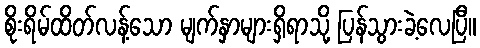
စိုးရိမ်ထိတ်လန့်သော မျက်နှာများရှိရာသို့ ပြန်သွားခဲ့လေပြီ။